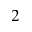
^ 2